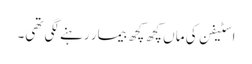
اسٹیفن کی ماں کچھ کچھ بیمار رہنے لگی تھی۔